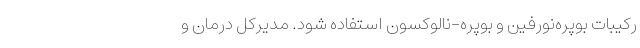
رکیبات بوپره‌نورفین و بوپره-نالوکسون استفاده شود. مدیرکل درمان و